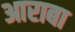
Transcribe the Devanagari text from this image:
आराबा